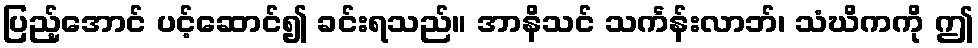
ပြည့်အောင် ပင့်ဆောင်၍ ခင်းရသည်။ အာနိသင် သင်္ကန်းလာဘ်၊ သံဃိကကို ဤ